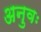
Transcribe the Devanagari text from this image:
अनुवः